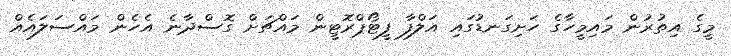
މީގެ އިތުރުން މައިމީހާގެ ހަށިގަނޑުގައި އަލްފާ ފީޓޯޕްރޮޓީން މައްޗަށް ގޮސްދާނެ އެހެން މައްސަލައެއް